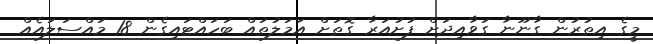
މީގެ އިތުރުން ގާނޫނާ ގަވާއިދަށް ފުށުއަރާ ގޮތަށް އަމަލުތައް ބަހައްޓައިގެން 18 މައްސަލައެއް